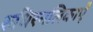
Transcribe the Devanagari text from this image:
रुधिरनलिकाएँ